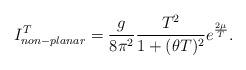
LaTeX: \begin{align*}I_{non-planar}^T= \frac{g}{8\pi^2}\frac{T^2}{1+(\theta T)^2}e^{\frac{2\mu}{T}}.\end{align*}